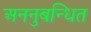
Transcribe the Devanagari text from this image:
अननुबन्धित